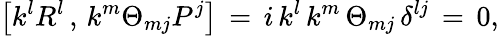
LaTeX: \left[k^{l}R^{l}\, ,\, k^{m}\Theta_{mj}P^{j}\right]\, =\, i\, k^{l}\, k^{m}\, \Theta_{mj}\, \delta^{lj}\, =\, 0,